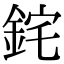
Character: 䤩